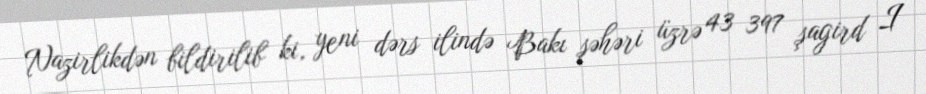
Nazirlikdən bildirilib ki, yeni dərs ilində Bakı şəhəri üzrə 43 397 şagird I